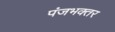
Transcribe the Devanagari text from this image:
पंजभक्तर